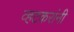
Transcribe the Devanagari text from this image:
व्हटकरांनी